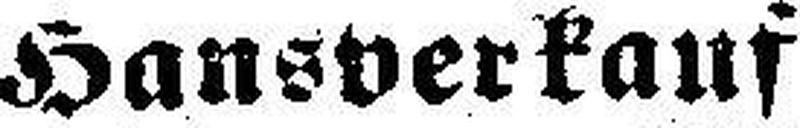
Hansverkauf